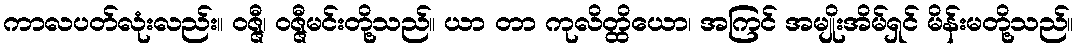
ကာလပတ်လုံးလည်း။ ဝဇ္ဇီ၊ ဝဇ္ဇီမင်းတို့သည်။ ယာ တာ ကုလိတ္ထိယော၊ အကြင် အမျိုးအိမ်ရှင် မိန်းမတို့သည်။